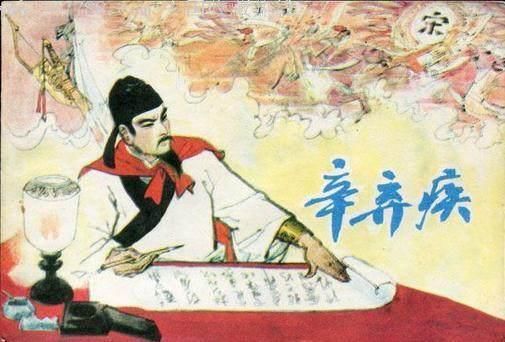
人老去西风白发，蝶愁来明日黄花。